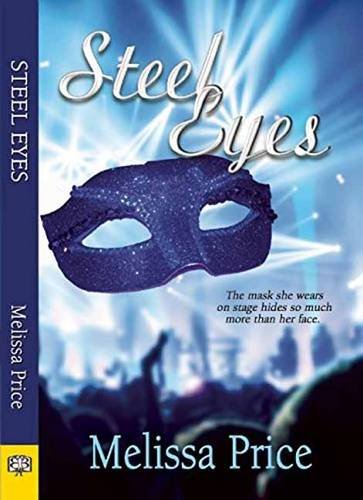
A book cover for Steel Eyes; Melissa S. Price; Romance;